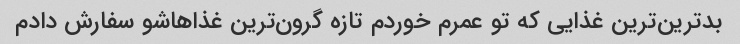
بدترین‌ترین غذایی که تو عمرم خوردم تازه گرون‌ترین غذاهاشو سفارش دادم